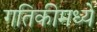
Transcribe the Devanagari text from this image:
गतिकीमध्ये